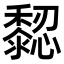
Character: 𪐁